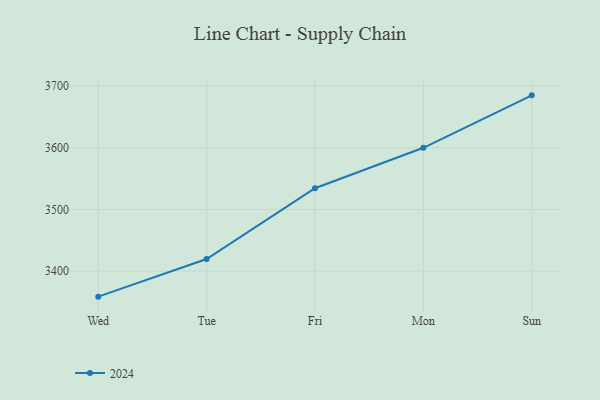
{"axis": {"x": "Day", "y": "Active Users"}, "legend": ["2024"], "data": [{"x": "Wed", "y": 3358.5, "type": "2024"}, {"x": "Tue", "y": 3419.5, "type": "2024"}, {"x": "Fri", "y": 3534.4, "type": "2024"}, {"x": "Mon", "y": 3600.0, "type": "2024"}, {"x": "Sun", "y": 3685.1, "type": "2024"}]}